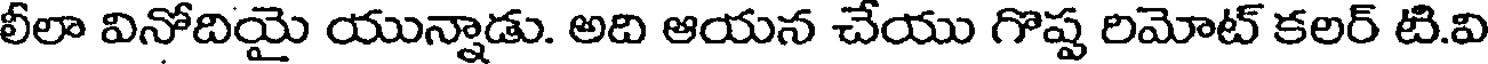
లీలా వినోదియై యున్నాడు. అది ఆయన చేయు గొష్ట రిమోట్ కలర్ టి.వి